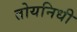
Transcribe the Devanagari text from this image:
तोयनिधी